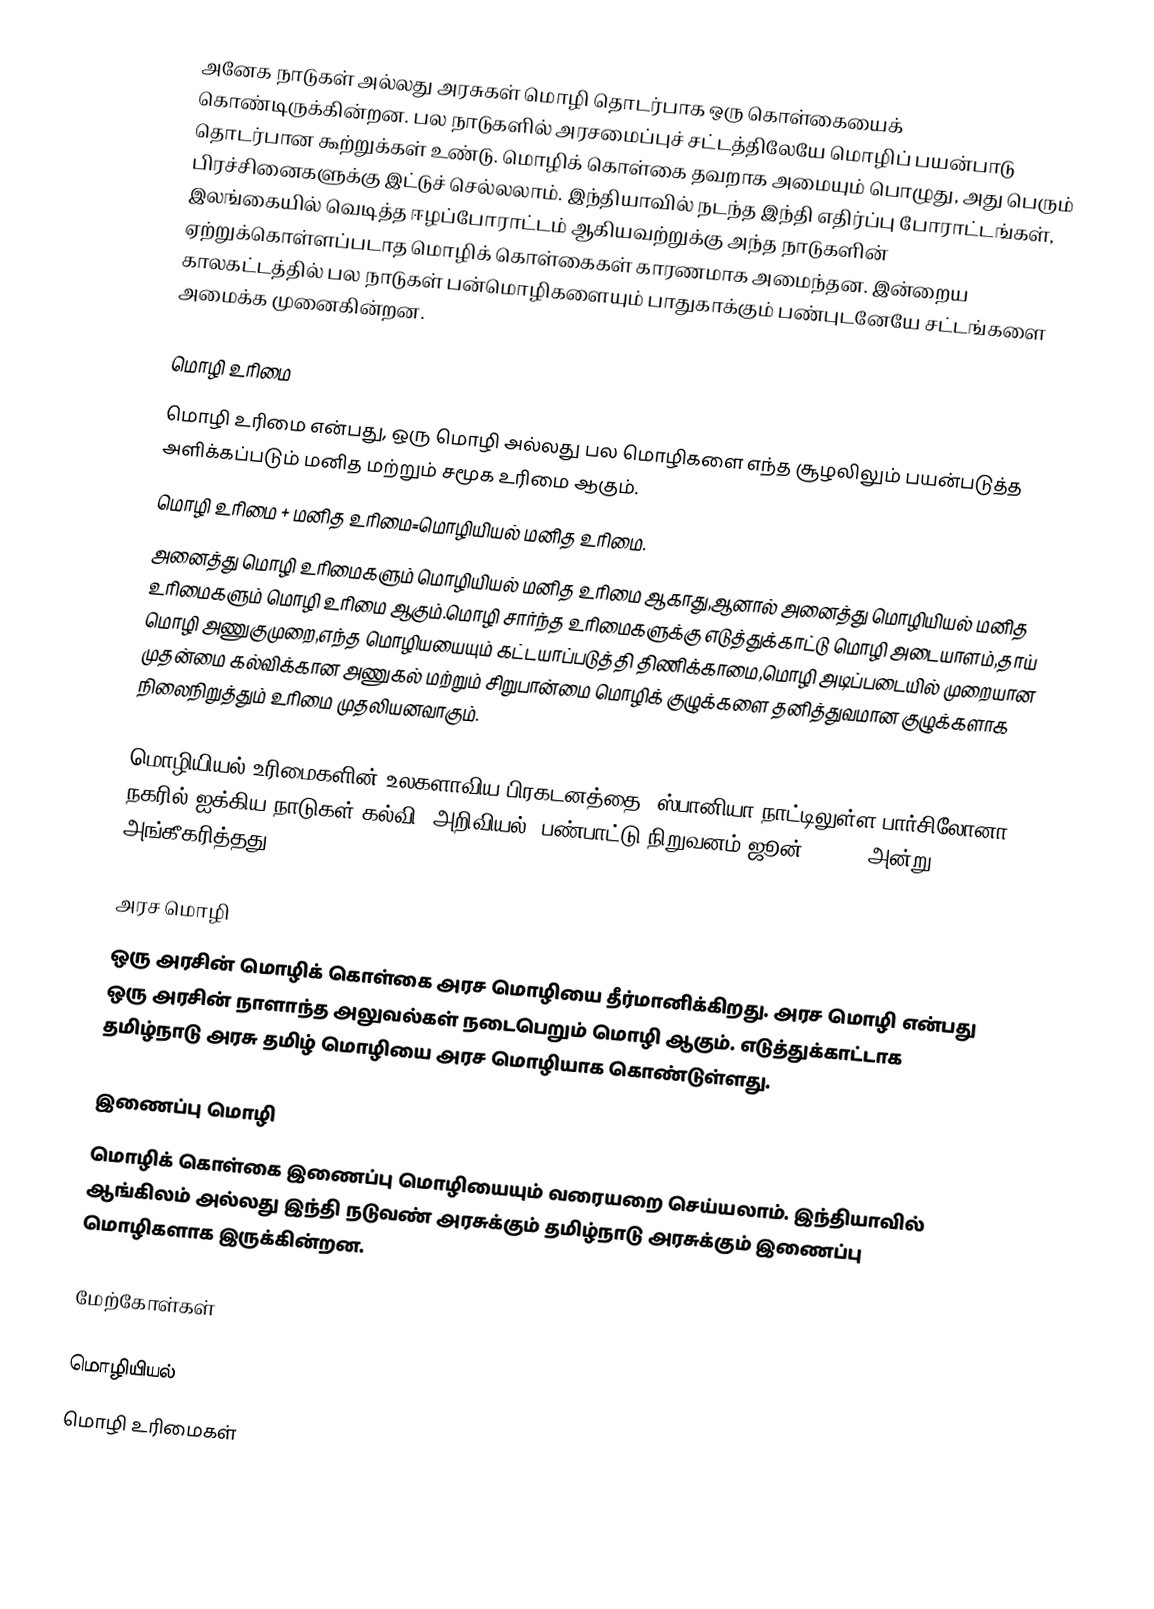
அனேக நாடுகள் அல்லது அரசுகள் மொழி தொடர்பாக ஒரு கொள்கையைக் கொண்டிருக்கின்றன.  பல நாடுகளில் அரசமைப்புச் சட்டத்திலேயே மொழிப் பயன்பாடு தொடர்பான கூற்றுக்கள் உண்டு.  மொழிக் கொள்கை தவறாக அமையும் பொழுது, அது பெரும் பிரச்சினைகளுக்கு இட்டுச் செல்லலாம்.  இந்தியாவில் நடந்த இந்தி எதிர்ப்பு போராட்டங்கள், இலங்கையில் வெடித்த ஈழப்போராட்டம் ஆகியவற்றுக்கு அந்த நாடுகளின் ஏற்றுக்கொள்ளப்படாத மொழிக் கொள்கைகள் காரணமாக அமைந்தன.  இன்றைய காலகட்டத்தில் பல நாடுகள் பன்மொழிகளையும் பாதுகாக்கும் பண்புடனேயே சட்டங்களை அமைக்க முனைகின்றன.

மொழி உரிமை
மொழி உரிமை என்பது, ஒரு மொழி அல்லது பல மொழிகளை எந்த சூழலிலும் பயன்படுத்த அளிக்கப்படும் மனித மற்றும் சமூக உரிமை ஆகும்.
மொழி உரிமை + மனித உரிமை=மொழியியல் மனித உரிமை.
அனைத்து மொழி உரிமைகளும்  மொழியியல் மனித உரிமை ஆகாது,ஆனால் அனைத்து மொழியியல் மனித உரிமைகளும் மொழி உரிமை ஆகும்.மொழி சார்ந்த உரிமைகளுக்கு எடுத்துக்காட்டு மொழி அடையாளம்,தாய் மொழி அணுகுமுறை,எந்த மொழியயையும் கட்டயாப்படுத்தி திணிக்காமை,மொழி அடிப்படையில் முறையான முதன்மை கல்விக்கான அணுகல் மற்றும் சிறுபான்மை மொழிக் குழுக்களை தனித்துவமான குழுக்களாக நிலைநிறுத்தும் உரிமை முதலியனவாகும்.

மொழியியல் உரிமைகளின் உலகளாவிய பிரகடனத்தை, ஸ்பானியா நாட்டிலுள்ள பார்சிலோனா நகரில் ஐக்கிய நாடுகள் கல்வி, அறிவியல், பண்பாட்டு நிறுவனம் ஜூன் 6,1996 அன்று அங்கீகரித்தது..

அரச மொழி
ஒரு அரசின் மொழிக் கொள்கை அரச மொழியை தீர்மானிக்கிறது.  அரச மொழி என்பது ஒரு அரசின் நாளாந்த அலுவல்கள் நடைபெறும் மொழி ஆகும்.  எடுத்துக்காட்டாக தமிழ்நாடு அரசு தமிழ் மொழியை அரச மொழியாக கொண்டுள்ளது.

இணைப்பு மொழி
மொழிக் கொள்கை இணைப்பு மொழியையும் வரையறை செய்யலாம்.  இந்தியாவில் ஆங்கிலம் அல்லது இந்தி நடுவண் அரசுக்கும் தமிழ்நாடு அரசுக்கும் இணைப்பு மொழிகளாக இருக்கின்றன.

மேற்கோள்கள்

மொழியியல்
மொழி உரிமைகள்